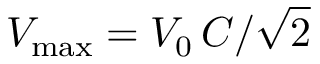
V _ { \mathrm { m a x } } = V _ { 0 } \, C / \sqrt { 2 }